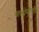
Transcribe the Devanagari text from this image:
वालोनीची